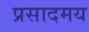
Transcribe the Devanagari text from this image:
प्रसादमय